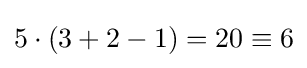
5\cdot (3+2-1)=20\equiv 6